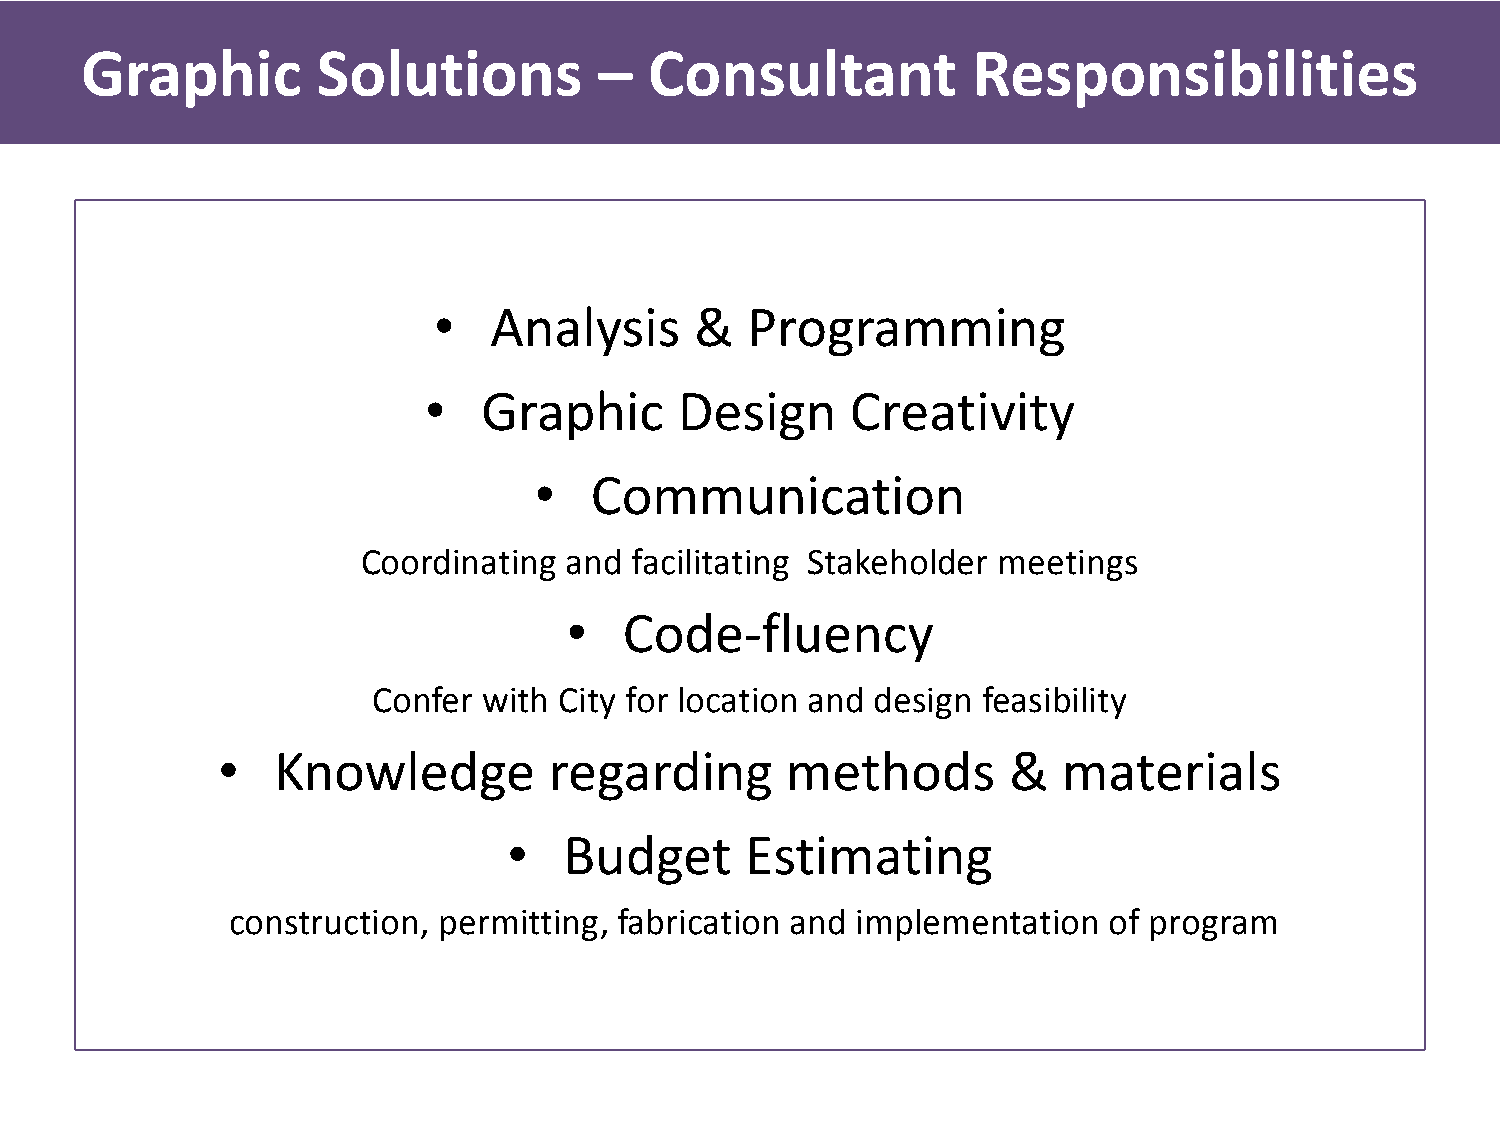
Graphic         Solutions          –  Consultant           Responsibilities
 •  Analysis      &  Programming
 •   Graphic      Design     Creativity
 •   Communication
 Coordinating and  facilitating Stakeholder meetings
 •  Code-fluency
 Confer with City for location and design feasibility
 •   Knowledge         regarding       methods        &  materials
 •  Budget      Estimating
 construction, permitting, fabrication and implementation  of program